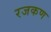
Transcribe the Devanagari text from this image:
रजकण